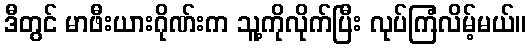
ဒီတွင် မာဖီးယားဂိုဏ်းက သူ့ကိုလိုက်ပြီး လုပ်ကြံလိမ့်မယ်။